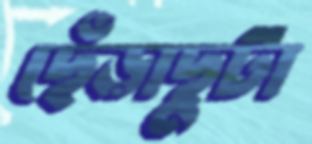
ছেঁড়াছুটা